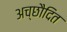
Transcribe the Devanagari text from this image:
अच्छाैदित